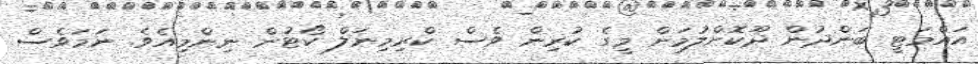
އައްމަޓީ ބަންދުން ދޫކޮށްލުމަށް މީގެ ކުރިން ވެސް ކްރިމިނަލް ކޯޓުން ނިންމިއެވެ. ނަމަވެސް